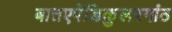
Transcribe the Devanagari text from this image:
बातएपेंडिकुलरगांठ